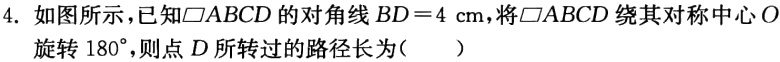
4. 如图所示，已知$\square ABCD$的对角线$BD = 4\mathrm{cm}$，将$\square ABCD$绕其对称中心$O$旋转$180^{\circ}$，则点$D$所转过的路径长为（  ）